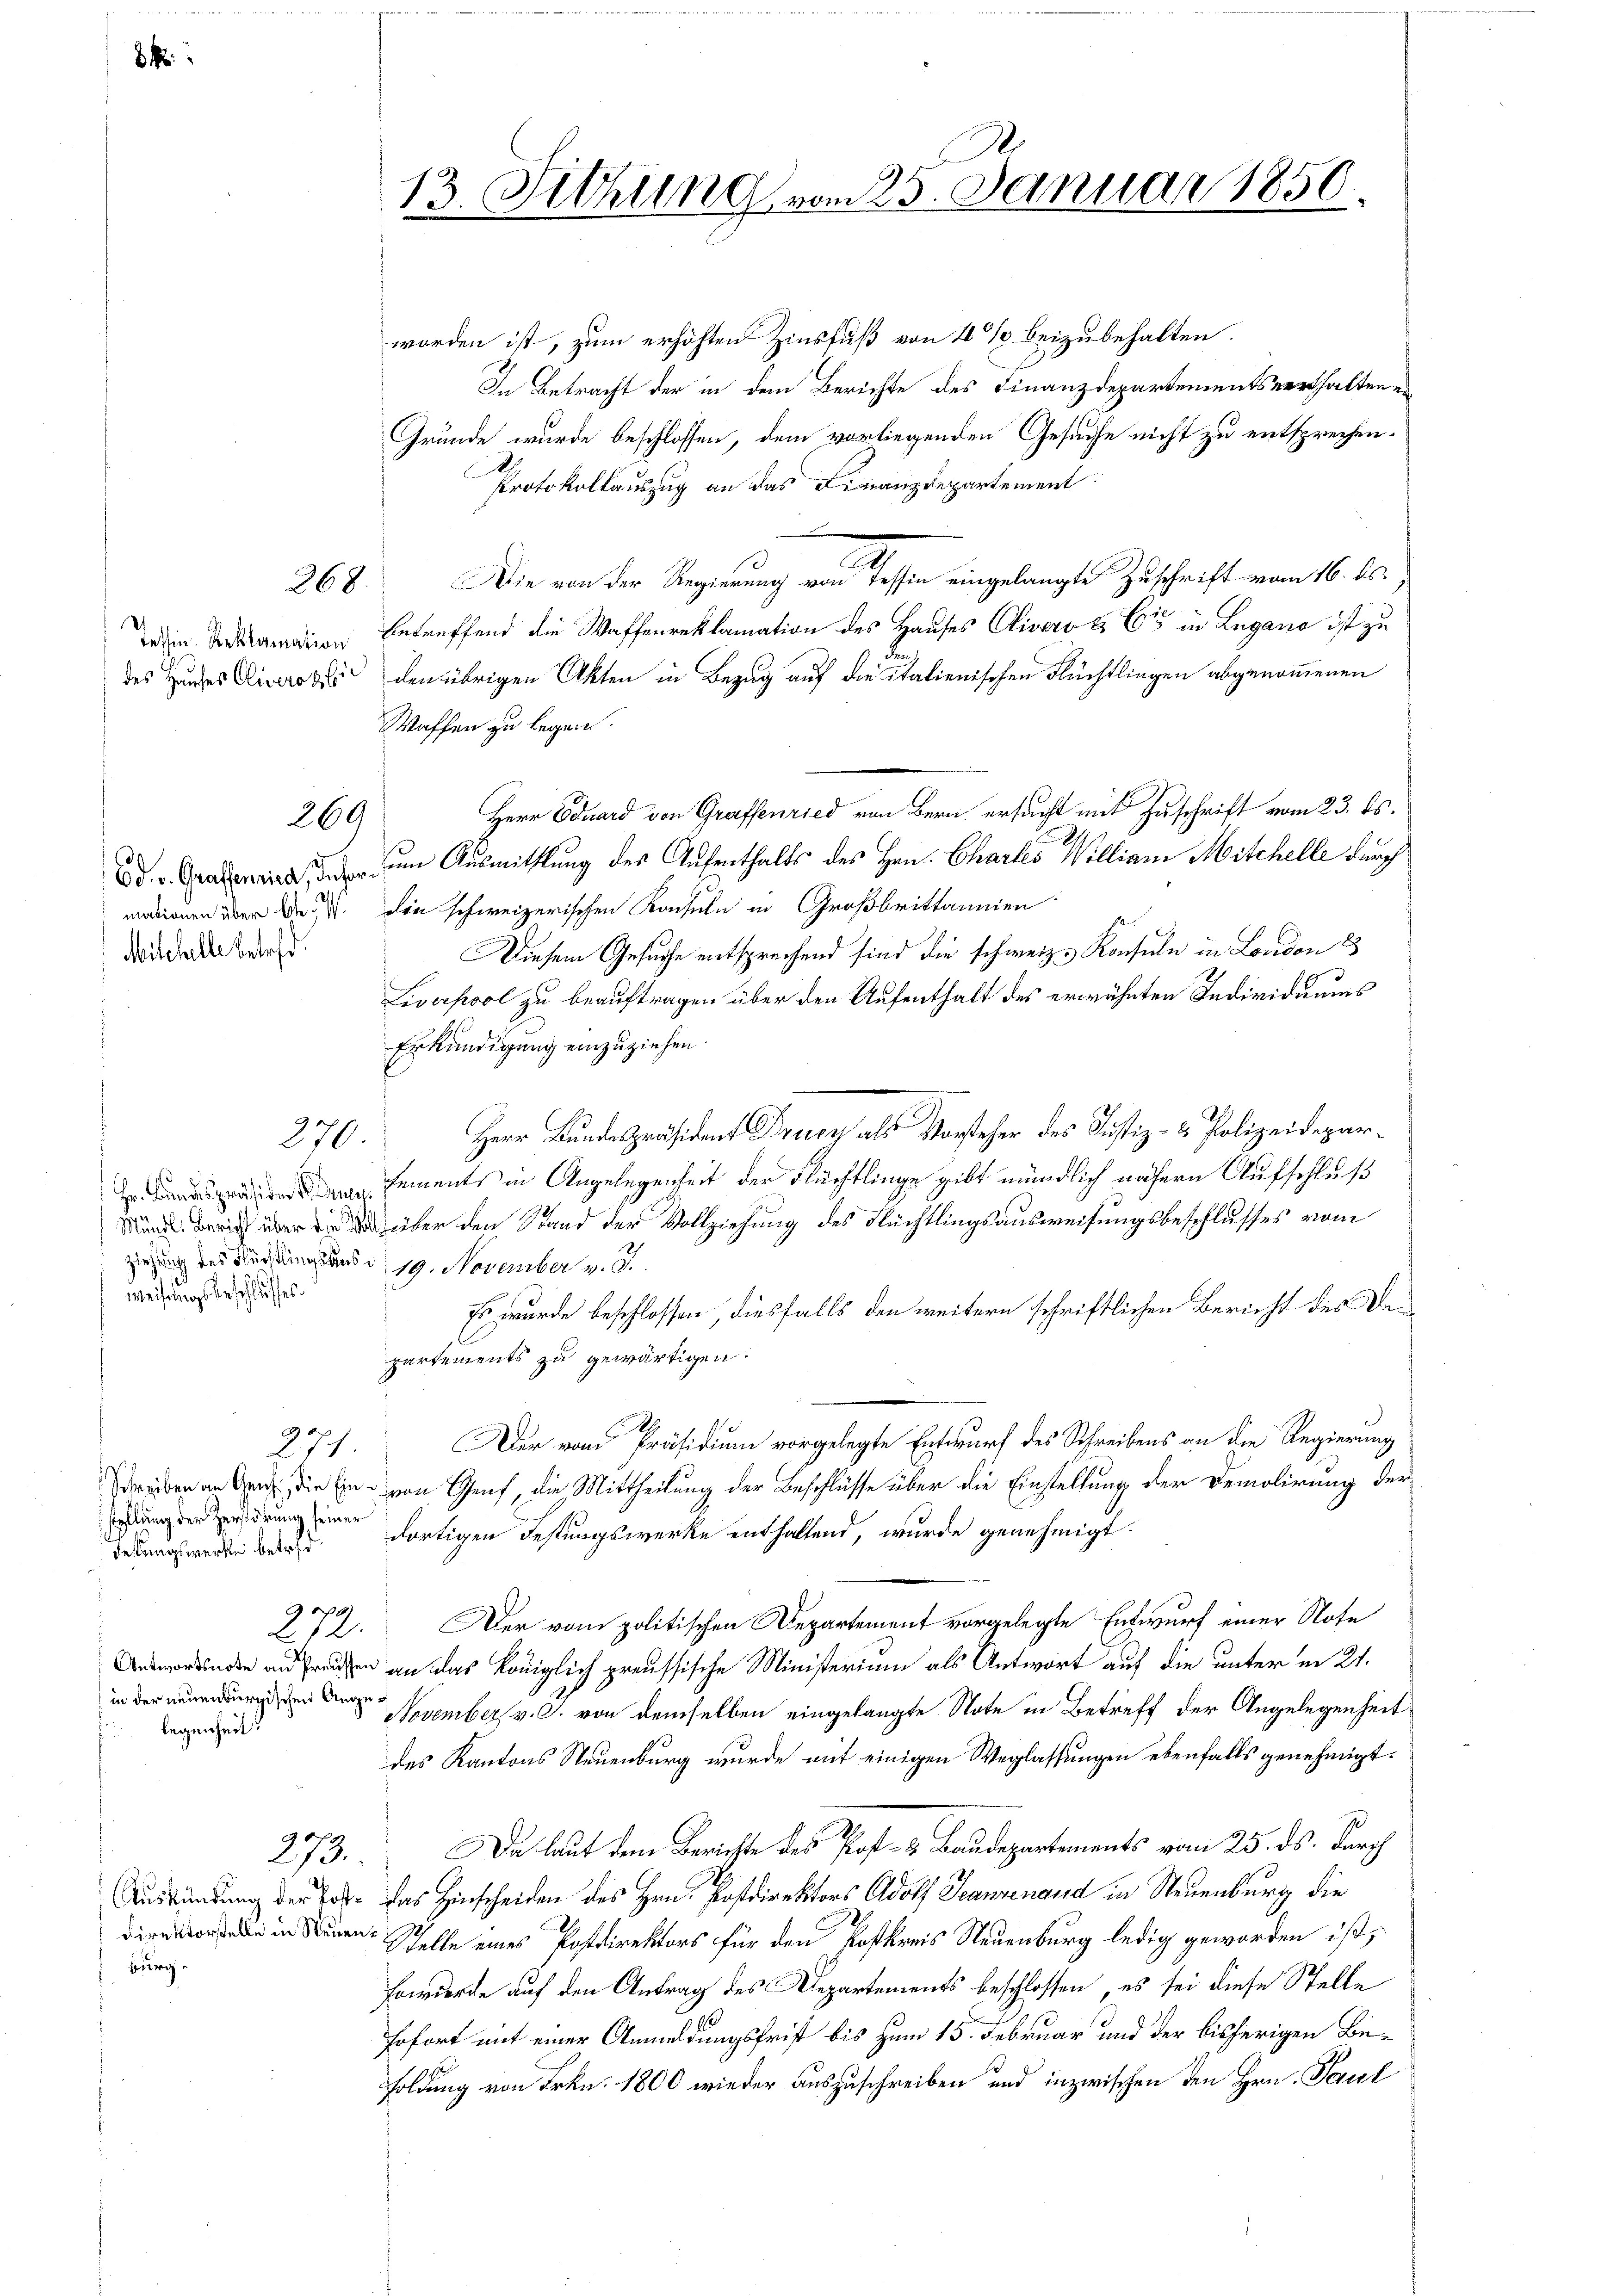
Mischelle betreff

weisungsbeschlusses

stellung der Zerstörung seiner
Leitungswerke betref

268

269

270

271.

in der neuenburgischen Angelegenheit.

burg.

worden ist, zum erhöhten Zinsfuß von 4 % beizubehalten.
In Betracht der in dem Berichte des Finanzdepartementsverthaltenen
Gründe wurde beschlossen, dem vorliegenden Gesuche nicht zu entsprechen.
Protokollauszug an das Finanzdepartement
e
Die von der Regierung von Tessin eingelangte Zuschrift vom 16. ds.
d
sin Armen betreffend die Waffenreklamation des Hauses Cliver & Cie in Lugano ist zu
des es er den übrigen Akten in Bezug auf die italienischen Flüchtlingen abgenommenen
Waffen zu legen.
en, um Ausmittlung des Aufenthalts des Hrn. Chartes William Mitchelle durch
madienen über das die schweizerischen Konsuln in Großbrittannien
Diesem Gesuche entsprechend sind die schweiz. Konsuln in London 3
Liverpool zu beauftragen über den Aufenthalt des erwähnten Individuums
Erkundigung einzuziehen.
Herr Bundespräsident Deuer als Vorsteher des Justiz- & Polizeidepar¬
 sements in Angelegenheit der Flüchtlinge gibt mündlich nähern Aufschluß
 über über den Stand der Vollziehung des Flüchtlingsausweisungsbeschlusses vom
ziehung des Ferdings aus d: 19. November v. J.
Es wurde beschlossen, diesfalls den weitern schriftlichen Bericht des Departements zu gewärtigen.
Der vom Präsidium vorgelegte Entwurf des Schreibens an die Regierung
Freiben an Ganz die Ein von Genf, die Mittheilung der Beschlüsse über die Einstellung der Demolirung der
dortigen Festungswerke enthaltend, wurde genehmigt.
272. Der vom politischen Departement vorgelegte Entwurf einer Note
e ruhen an das Königlich preussische Ministerium als Antwort auf die unter in 21.
November v. J. von demselben eingelangte Note in Betreff der Angelegenheit
des Kantons Neuenburg wurde mit einigen Weglassungen ebenfalls genehmigt.
273. Da laut dem Berichte des Post- & Baudepartements vom 25. ds. durch
Auskündung der Tode das Hinscheiden des Hrn. Postdirektors Adolf Scanzenand in Neuenburg die
enen Stelle eines Postdirektors für den Postkreis Neuenburg ledig geworden ist,
Fowuerde auf den Antrag des Departements beschlossen, es sei diese Stelle
sofort mit einer Anmeldungsfrist bis zum 15. Februar und der bisherigen Besoldung von Frkn. 1800 wieder auszuschreiben und inzwischen den Hrn. Paul

2
13. Sitzung vom 25. Januar 1850.

Herr Eduard von Graffenried von Bern ersucht mit Zuschrift vom 23. ds.